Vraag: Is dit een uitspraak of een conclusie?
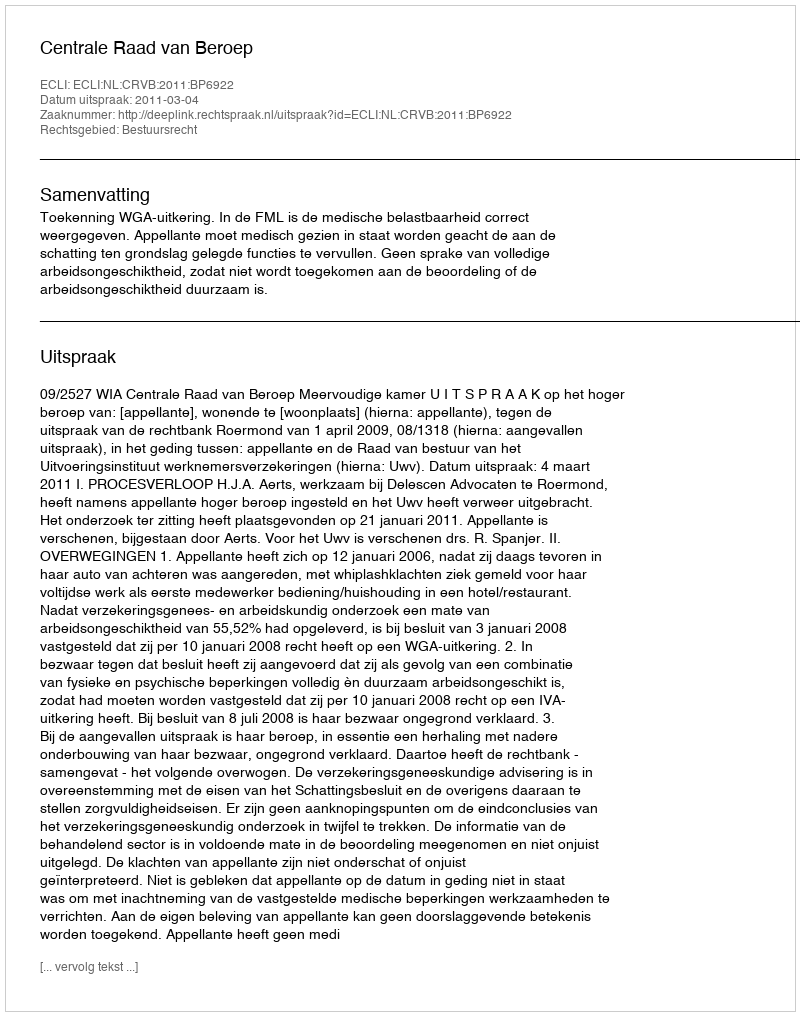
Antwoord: Uitspraak